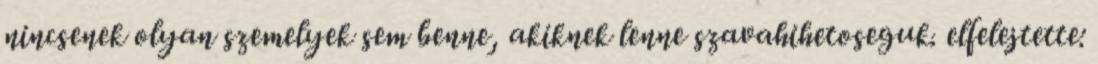
nincsenek olyan szemelyek sem benne, akiknek lenne szavahihetoseguk. elfelejtette: